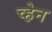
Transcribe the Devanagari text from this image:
च्हेन